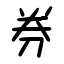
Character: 券